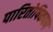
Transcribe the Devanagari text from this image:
पारितोषिकपण